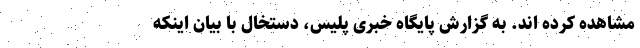
مشاهده کرده اند. به گزارش پایگاه خبری پلیس، دستخال با بیان اینکه